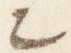
々